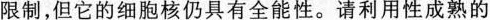
限制，但它的细胞核仍具有全能性。请利用性成熟的